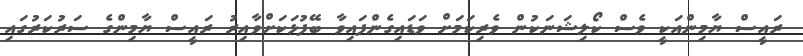
ރައީސް ޔާމިންއަކީ ވެސް ކޯލިޝަނަކުން ވެރިކަމަށް ވަޑައިގެންފައިވާ ބޭފުޅަކަށްވާއިރު ރައީސް ޔާމިންގެ ސަރުކަރުގައި